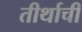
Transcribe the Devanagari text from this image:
तीर्थाची